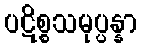
ပဋိစ္စသမုပ္ပန္နာ